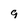
Character: 9